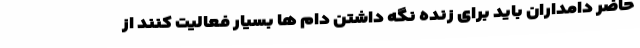
حاضر دامداران باید برای زنده نگه داشتن دام ها بسیار فعالیت کنند از